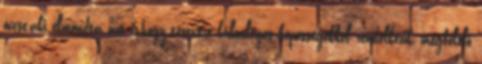
öccse,aki elmondta azt is,hogy testvére különleges képességekkel rendelkezik, megfelelő